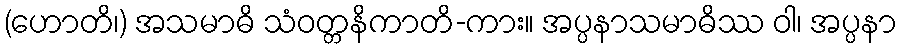
(ဟောတိ၊) အသမာဓိ သံဝတ္တနိကာတိ-ကား။ အပ္ပနာသမာဓိဿ ဝါ၊ အပ္ပနာ